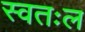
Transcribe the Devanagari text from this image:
स्वतःल